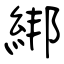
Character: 綁